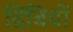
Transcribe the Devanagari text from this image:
डिबियों